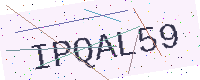
Text: IPQAL59